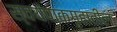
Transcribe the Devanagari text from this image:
स्वयंपाकगृहातील